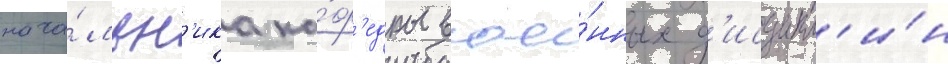
нача́льн'ика ка́ф'едры вое́нных д'исципл'и́н